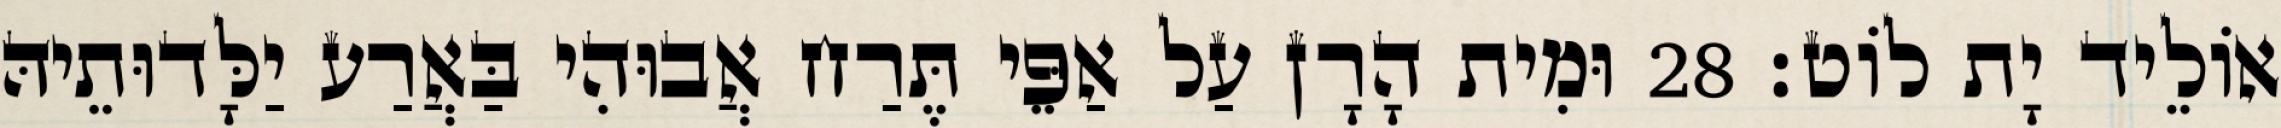
אוֹלֵיד יָת לוֹט׃ 28 וּמִית הָרָן עַל אַפֵּי תֶּרַח אֲבוּהִי בַּאֲרַע יַלָּדוּתֵיהּ